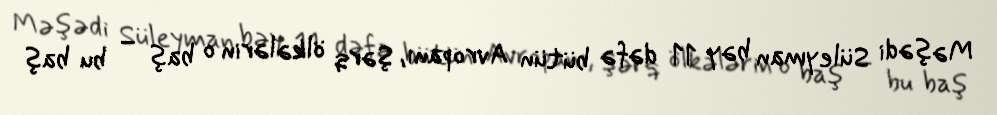
Məşədi Süleyman bəy 11 dəfə bütün Avropanı, Şərq ölkələrin o baş – bu baş